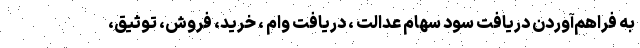
به فراهم‌آوردن دریافت سود سهام عدالت ، دریافت وام ، خرید، فروش، توثیق،